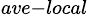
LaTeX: _{ave-local}